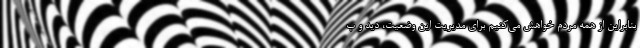
بنابراین از همه مردم خواهش می‌کنیم برای مدیریت این وضعیت، دید و ب